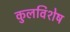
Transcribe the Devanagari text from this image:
कुलविशेष